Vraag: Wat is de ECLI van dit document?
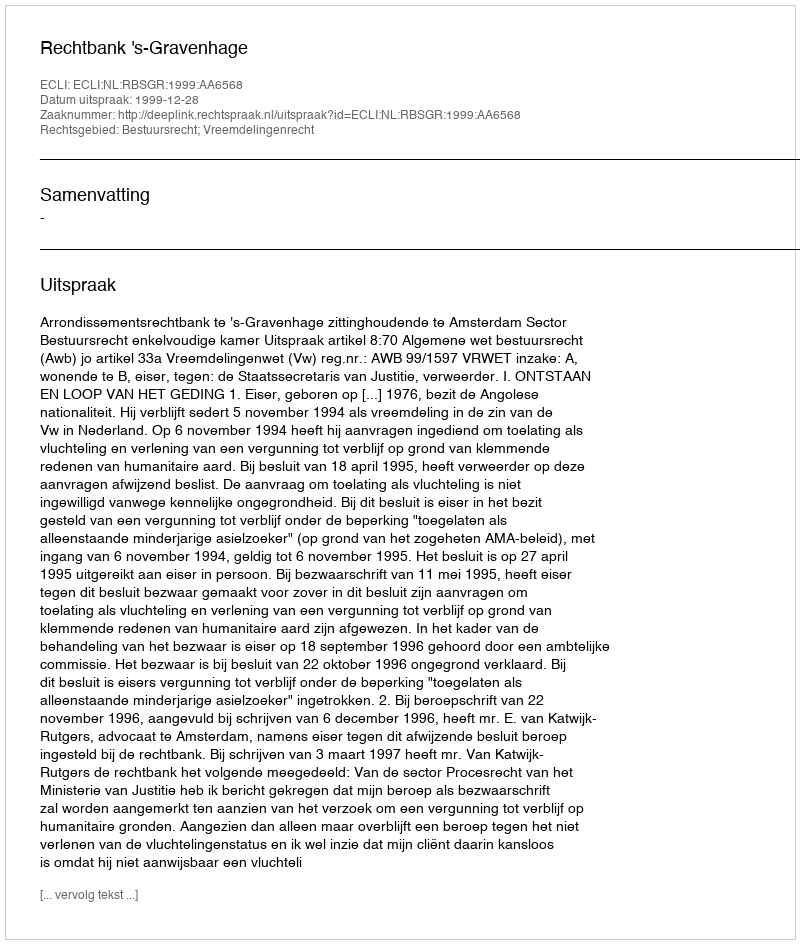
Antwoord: ECLI:NL:RBSGR:1999:AA6568